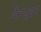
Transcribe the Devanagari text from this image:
पेन्ग्युइन